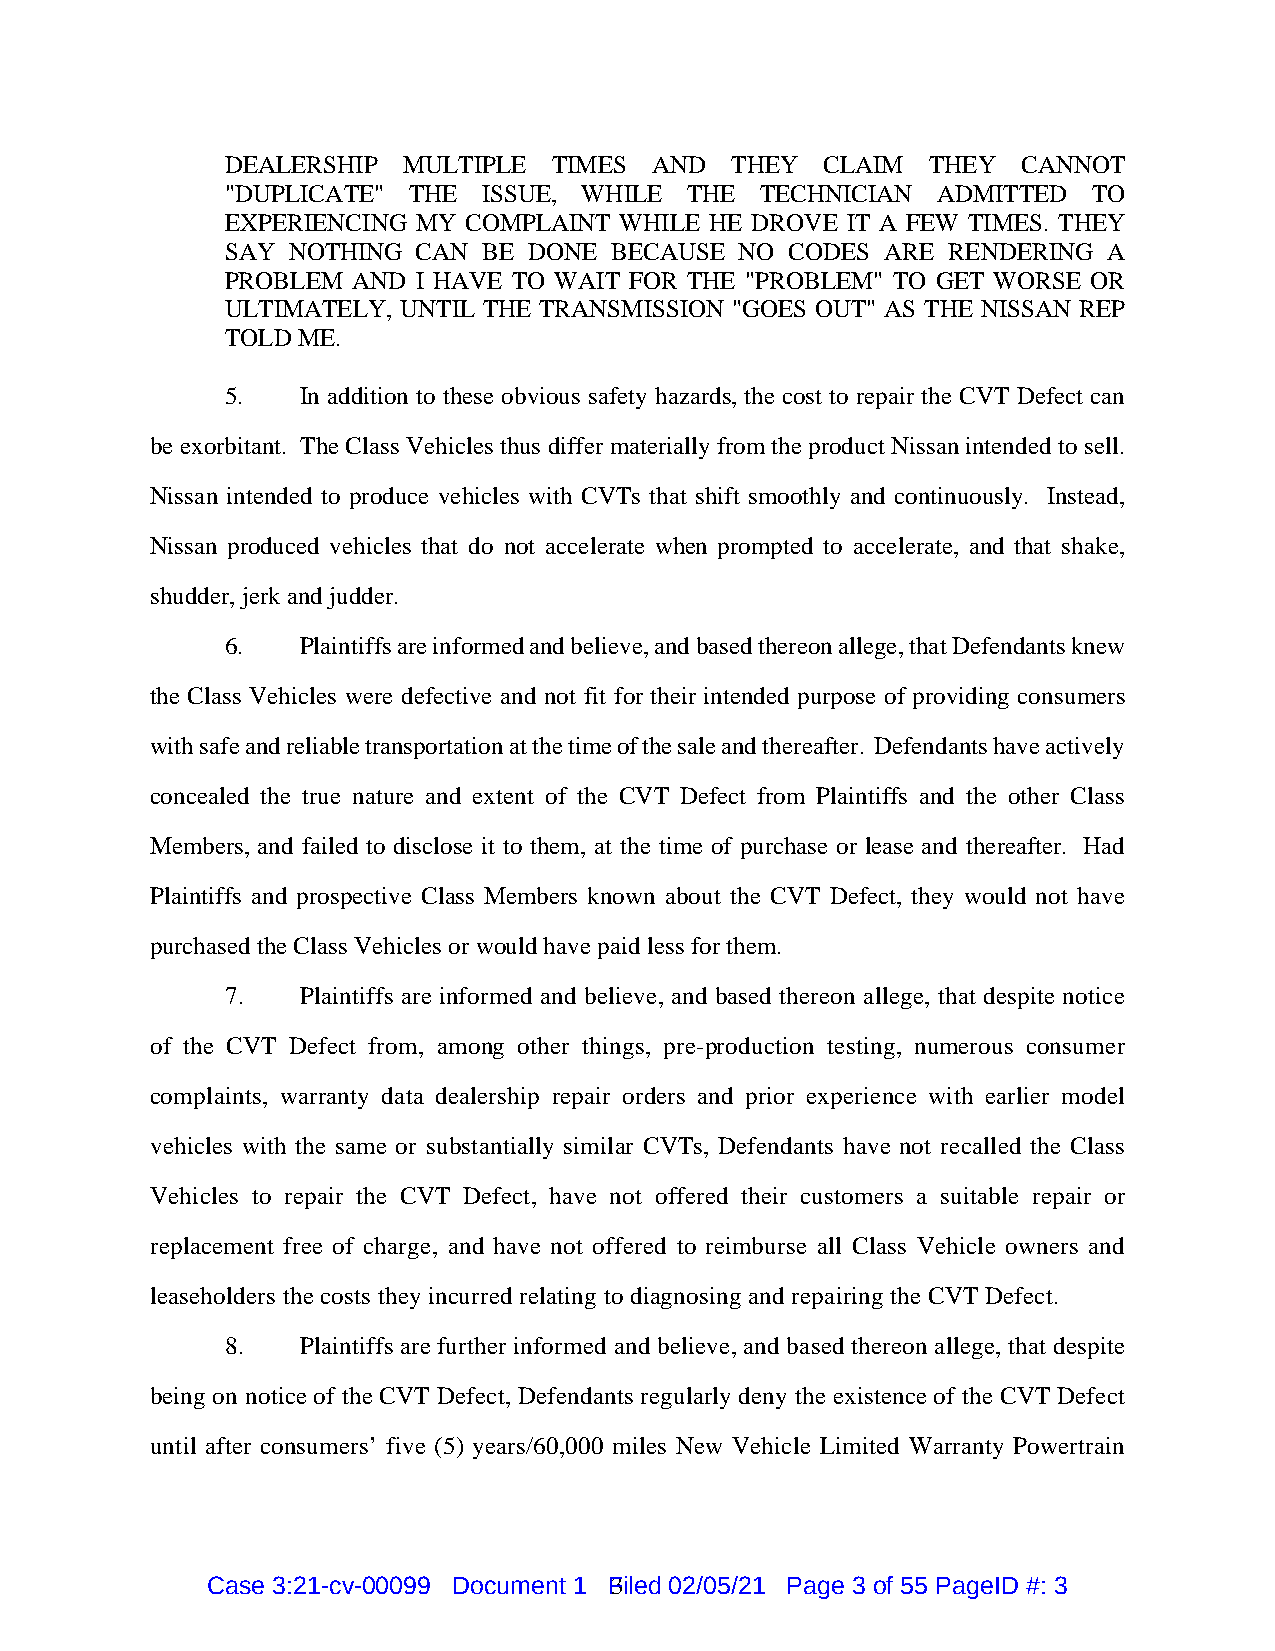
DEALERSHIP  MULTIPLE  TIMES AND  THEY   CLAIM  THEY  CANNOT
 "DUPLICATE" THE  ISSUE, WHILE THE  TECHNICIAN  ADMITTED  TO
 EXPERIENCING MY COMPLAINT WHILE HE DROVE IT A FEW TIMES. THEY
 SAY NOTHING  CAN BE DONE  BECAUSE NO CODES  ARE RENDERING A
 PROBLEM AND  I HAVE TO WAIT FOR THE "PROBLEM" TO GET WORSE OR
 ULTIMATELY, UNTIL THE TRANSMISSION "GOES OUT" AS THE NISSAN REP
 TOLD ME.
 5.   In addition to these obvious safety hazards, the cost to repair the CVT Defect can
 be exorbitant. The Class Vehicles thus differ materially from the product Nissan intended to sell.
 Nissan intended to produce vehicles with CVTs that shift smoothly and continuously. Instead,
 Nissan produced vehicles that do not accelerate when prompted to accelerate, and that shake,
 shudder, jerk and judder.
 6.   Plaintiffs are informed and believe, and based thereon allege, that Defendants knew
 the Class Vehicles were defective and not fit for their intended purpose of providing consumers
 with safe and reliable transportation at the time of the sale and thereafter. Defendants have actively
 concealed the true nature and extent of the CVT Defect from Plaintiffs and the other Class
 Members, and failed to disclose it to them, at the time of purchase or lease and thereafter. Had
 Plaintiffs and prospective Class Members known about the CVT Defect, they would not have
 purchased the Class Vehicles or would have paid less for them.
 7.   Plaintiffs are informed and believe, and based thereon allege, that despite notice
 of the CVT Defect from, among other things, pre-production testing, numerous consumer
 complaints, warranty data dealership repair orders and prior experience with earlier model
 vehicles with the same or substantially similar CVTs, Defendants have not recalled the Class
 Vehicles to repair the CVT Defect, have not offered their customers a suitable repair or
 replacement free of charge, and have not offered to reimburse all Class Vehicle owners and
 leaseholders the costs they incurred relating to diagnosing and repairing the CVT Defect.
 8.   Plaintiffs are further informed and believe, and based thereon allege, that despite
 being on notice of the CVT Defect, Defendants regularly deny the existence of the CVT Defect
 until after consumers’ five (5) years/60,000 miles New Vehicle Limited Warranty Powertrain
 Case 3:21-cv-00099 Document 1 F3 iled 02/05/21 Page 3 of 55 PageID #: 3